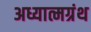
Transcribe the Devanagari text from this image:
अध्यात्मग्रंथ